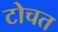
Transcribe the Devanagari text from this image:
टोचत